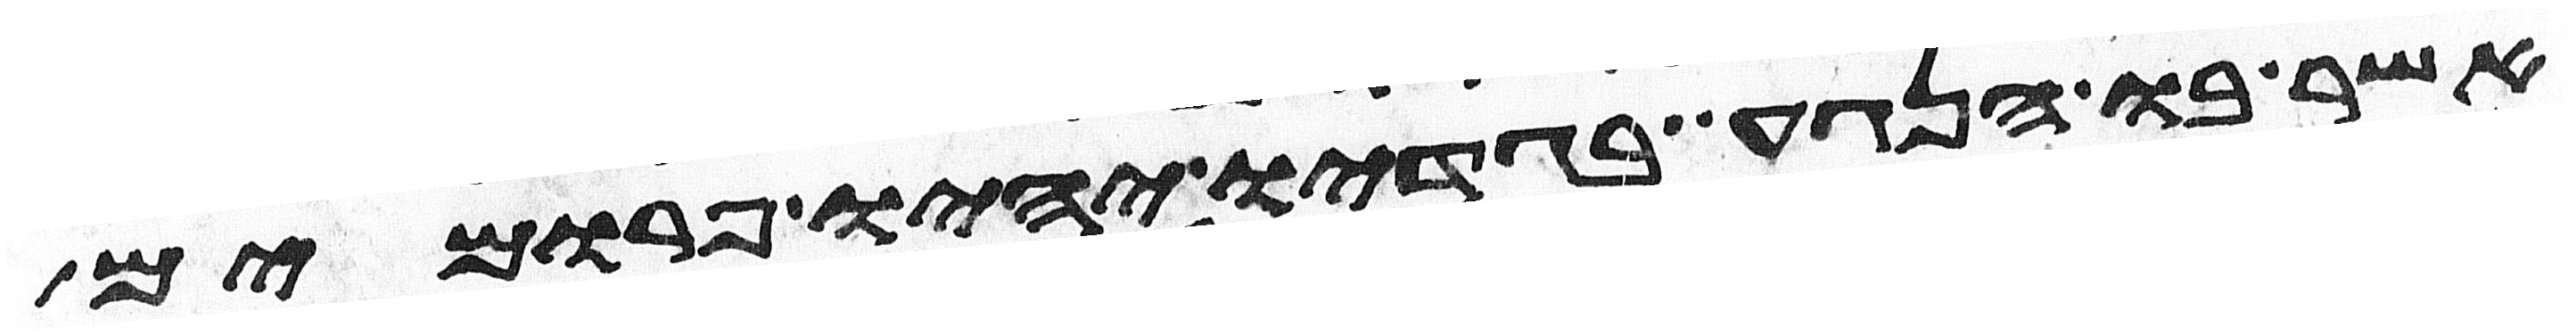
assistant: אשר בו הנגע בגדיו יהיו פרומים